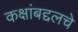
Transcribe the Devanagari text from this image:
कक्षांबद्दलचे